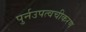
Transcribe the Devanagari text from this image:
पुर्नउपत्वचीकरण